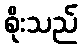
စိုးသည်